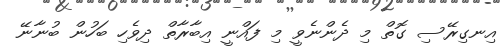
އިނގިރޭސި ގޮތް މި ދެންނެވީ މި ފައްނީ އިބާރާތް ދިވެހި ބަހުން ބުނާނޭ